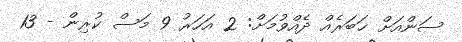
ސަންއަށް ޚަބަރެއް ދެއްވުމަށް: 2 އަހަރު 9 މަސް ކުރިން - 13